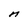
Character: n